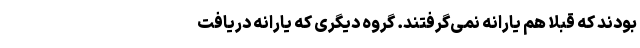
بودند که قبلاً هم یارانه نمی‌گرفتند. گروه دیگری که یارانه دریافت